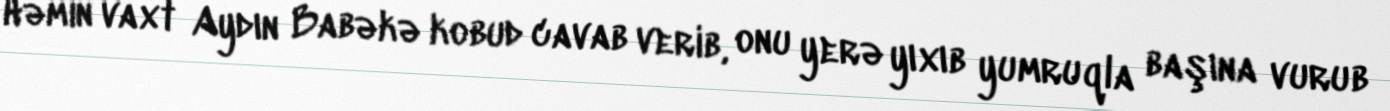
Həmin vaxt Aydın Babəkə kobud cavab verib, onu yerə yıxıb yumruqla başına vurub